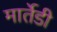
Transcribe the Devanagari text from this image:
मार्तेडी